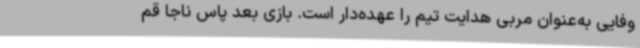
وفایی به‌عنوان مربی هدایت تیم را عهده‌دار است. بازی بعد پاس ناجا قم